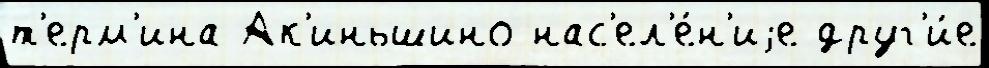
т'ерм'ина Ак'иньшино нас'ел'е́н'иjе друг'и́е